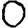
Digit: 0